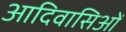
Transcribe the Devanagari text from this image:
आदिवासिओं